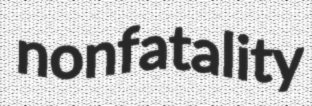
nonfatality